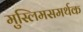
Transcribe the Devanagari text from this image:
मुस्लिमसमर्थक